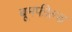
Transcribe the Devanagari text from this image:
बूमफील्ड